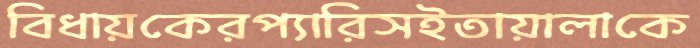
বিধায়কেরপ্যারিসইতায়ালাকে